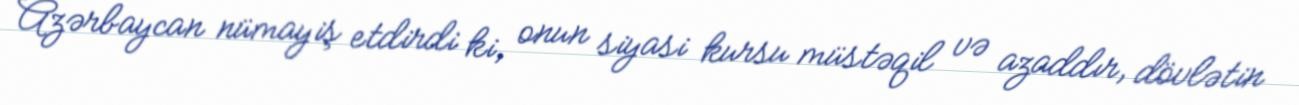
Azərbaycan nümayiş etdirdi ki, onun siyasi kursu müstəqil və azaddır, dövlətin